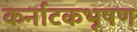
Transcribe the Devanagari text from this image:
कर्नाटकभूषण